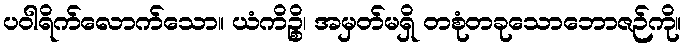
ပဝါရိက်လောက်သော။ ယံကိဉ္စိ၊ အမှတ်မရှိ တစုံတခုသောဘောဇဉ်ကို။